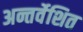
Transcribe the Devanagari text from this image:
अन्तर्वेशित